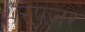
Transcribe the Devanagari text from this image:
शरपंजर